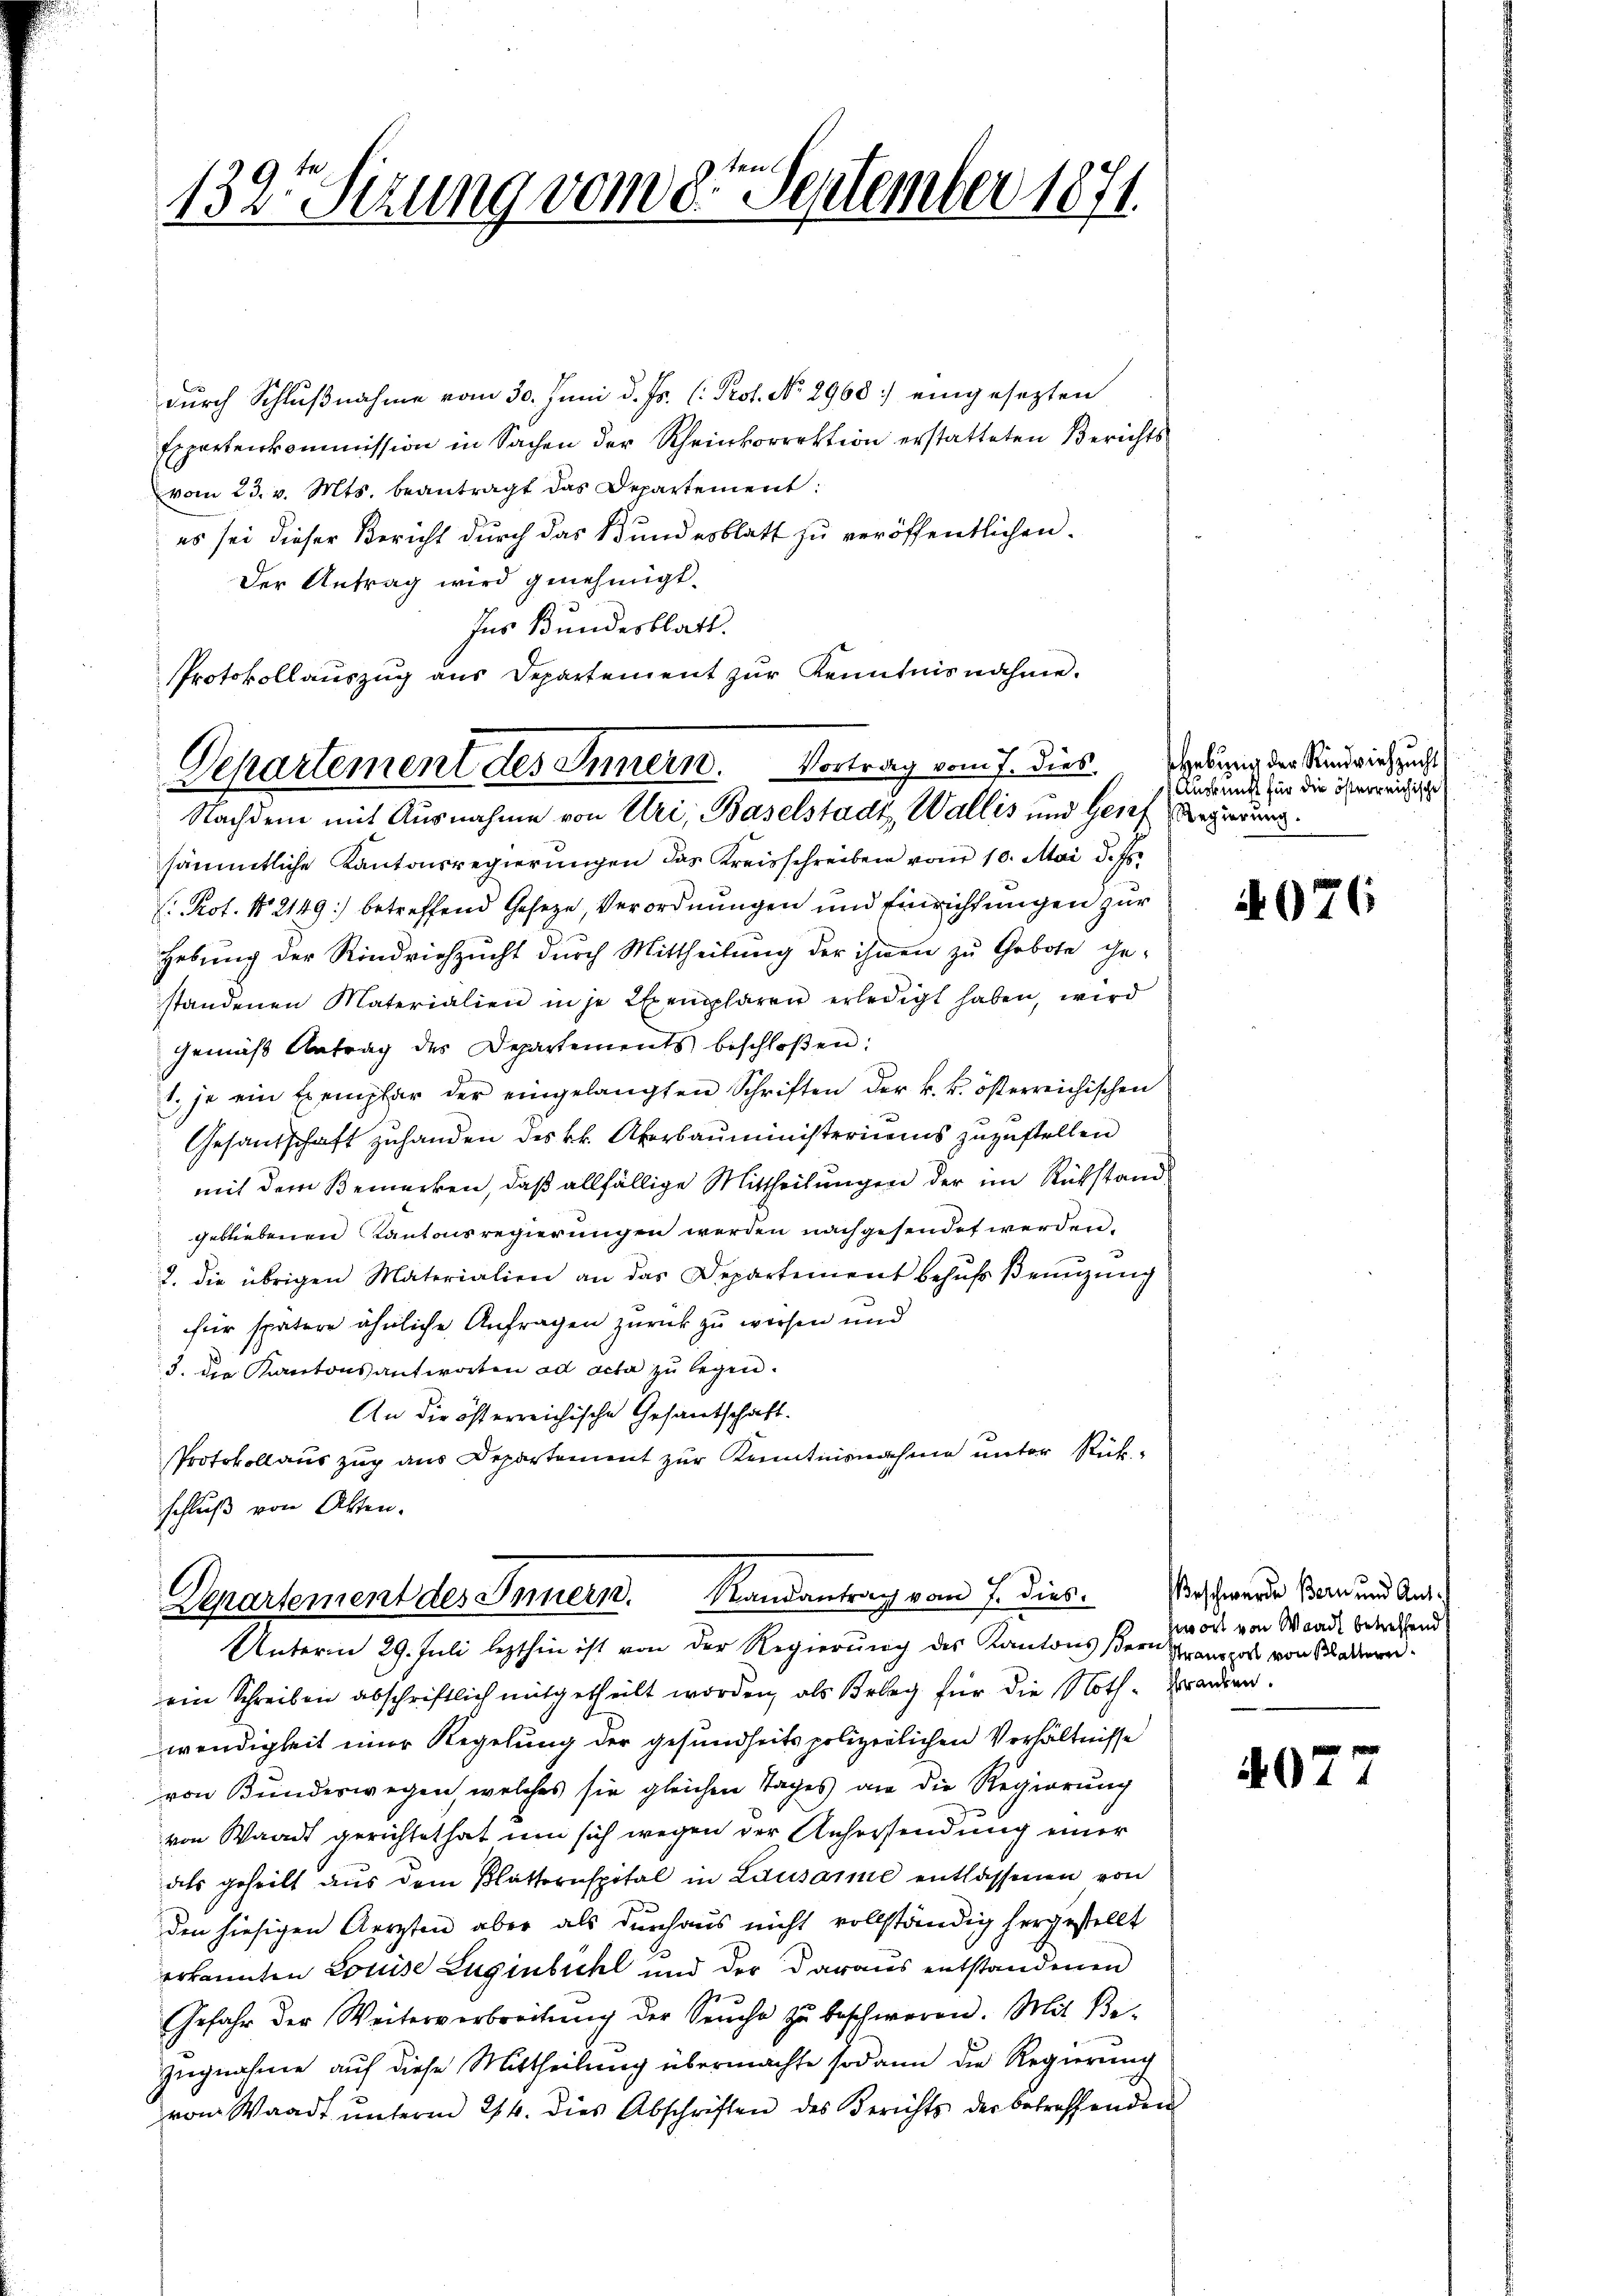
1325 Sizung vom 8te September 1871.

durch Schlußnahme vom 30. Juni d. Js. (: Prof. No. 2960] eingesezten
Expertenkommission in Sachen der Rheinkorrektion erstatteten Berichts
vom 23. v. Mts. beantragt das Departement:
es sei dieser Bericht durch das Bundesblatt zu veröffentlichen.
Der Antrag wird genehmigt.
Ins Bundesblatt.
PProtokollauszug aus Departement zur Kenntnisnahme.

Departement des Innern. Vortrag vom 7. dies
Nachdem mit Ausnahme von Uri, Baselstadt, Wallis und Gesef Regierung.

sämmtliche Kantonsregierungen das Kreisschreiben vom 10. Mai d. Js.
: Prot. No 2149) betreffend Geseze, Verordnungen und Einrichtungen zur
Hebung der Rindviehzucht durch Mittheilung der ihnen zu Gebote ge-
standenen Materialien in je Exemplaren erledigt haben, wird
Gemäß Antrag des Departements beschloßen:
1. je ein Exemplar der eingelangten Schriften der k. k. österreichischen
Gesandschaft zuhanden des kk. Aberbauministeriums zuzustellen
mit dem Bemerken, daß allfällige Mittheilungen der im Rükstandgebliebenen Kantonsregierungen werden nachgesendet werden.
2. die übrigen Materialien an das Departement behŭfs Benzung
für spätere ähnliche Anfragen zurück zu werfen und
3. die Kantonsantworten ad acta zu legen.
An die öfterreichische Gesandschaft.
Protokollauszug aus Departement zur Kenntnisnahme unter Rükschluß von Akten.

Departement des Innern. Randantrag vom 7. dies
Unterm 29. Juli lezthin ist von der Regierung des Kantons ser Transport von Schaden¬

ein Schreiben abschriftlich mitgetheilt worden, als Belag für die Noth-Garden.
wendigkeit einer Regelung der gesundheits polizeilichen Verhältnisse
von Bundeswegen, welches sie gleichen Tages an die Regierung
von Waadt gerichtet hat um sich wegen der Anhersendung einer
aals geheilt aus dem Blatternspital in Lausamme entlassenen von
den hiesigen Aerzten aber als durchaus nicht vollständig hergestellt
erkannten Louise Lüginbichl und der Daraus entstandenen
Gefahr der Weiterverbreitŭng der Seuche zŭ beschweren. Mit Be-
zugnahme auf diese Mittheilung übermachte sodann die Regierung
von Waadt unterm 24. dies Abschriften des Berichts der betreffenden

Hebung der Rindviehzucht
Auskunft für die österreichische

4076

Peschwerde Bern und Antwort von Waadt betreffend

497